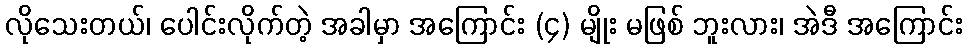
လိုသေးတယ်၊ ပေါင်းလိုက်တဲ့ အခါမှာ အကြောင်း (၄) မျိုး မဖြစ် ဘူးလား၊ အဲဒီ အကြောင်း